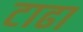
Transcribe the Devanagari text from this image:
टाढा